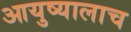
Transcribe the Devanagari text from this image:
आयुष्यालाच